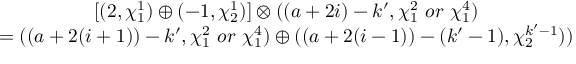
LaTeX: \begin{array} { c } { { [ ( 2 , \chi _ { 1 } ^ { 1 } ) \oplus ( - 1 , \chi _ { 2 } ^ { 1 } ) ] \otimes ( ( a + 2 i ) - k ^ { \prime } , \chi _ { 1 } ^ { 2 } ~ o r ~ \chi _ { 1 } ^ { 4 } ) } } \\ { { = ( ( a + 2 ( i + 1 ) ) - k ^ { \prime } , \chi _ { 1 } ^ { 2 } ~ o r ~ \chi _ { 1 } ^ { 4 } ) \oplus ( ( a + 2 ( i - 1 ) ) - ( k ^ { \prime } - 1 ) , \chi _ { 2 } ^ { k ^ { \prime } - 1 } ) ) } } \end{array}